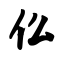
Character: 仫